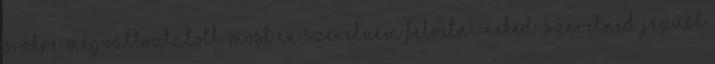
örökre megváltoztatott. Most én szeretném felvetni neked: Szeretnéd Jézust